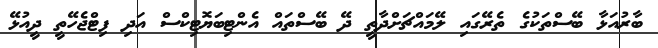
ބާރުއަޅާ ބޭސްތަކުގެ ތެރޭގައި ލޭމައްޗަށްދާތީ ދޭ ބޭސްތައް އެންޓިބަޔޮޓިކްސް އަދި ފިޓްޖެހޭތީ ދީއުޅޭ